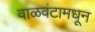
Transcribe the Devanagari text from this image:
वाळवंटामधून